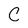
Character: C